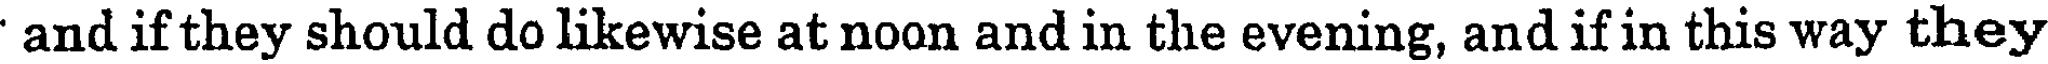
' and if they should do likewise at noon and in the evening, and if in this way they